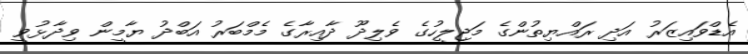
އެޑްވައިޒަރު އަދި ރައްޔިތުންގެ މަޖިލީހުގެ ވެލިދޫ ދާއިރާގެ މެމްބަރު އަބްދު ޔާމީން ވިދާޅުވީ